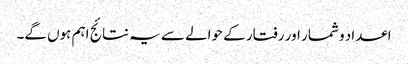
اعداد و شمار اور رفتار کے حوالے سے یہ نتائج اہم ہوں گے۔